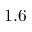
1 . 6